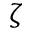
\zeta